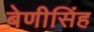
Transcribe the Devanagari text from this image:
बेणीसिंह